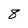
Character: 8